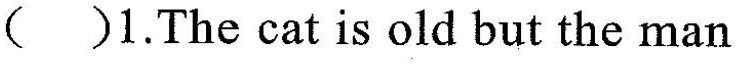
（）1.The cat is old but the man